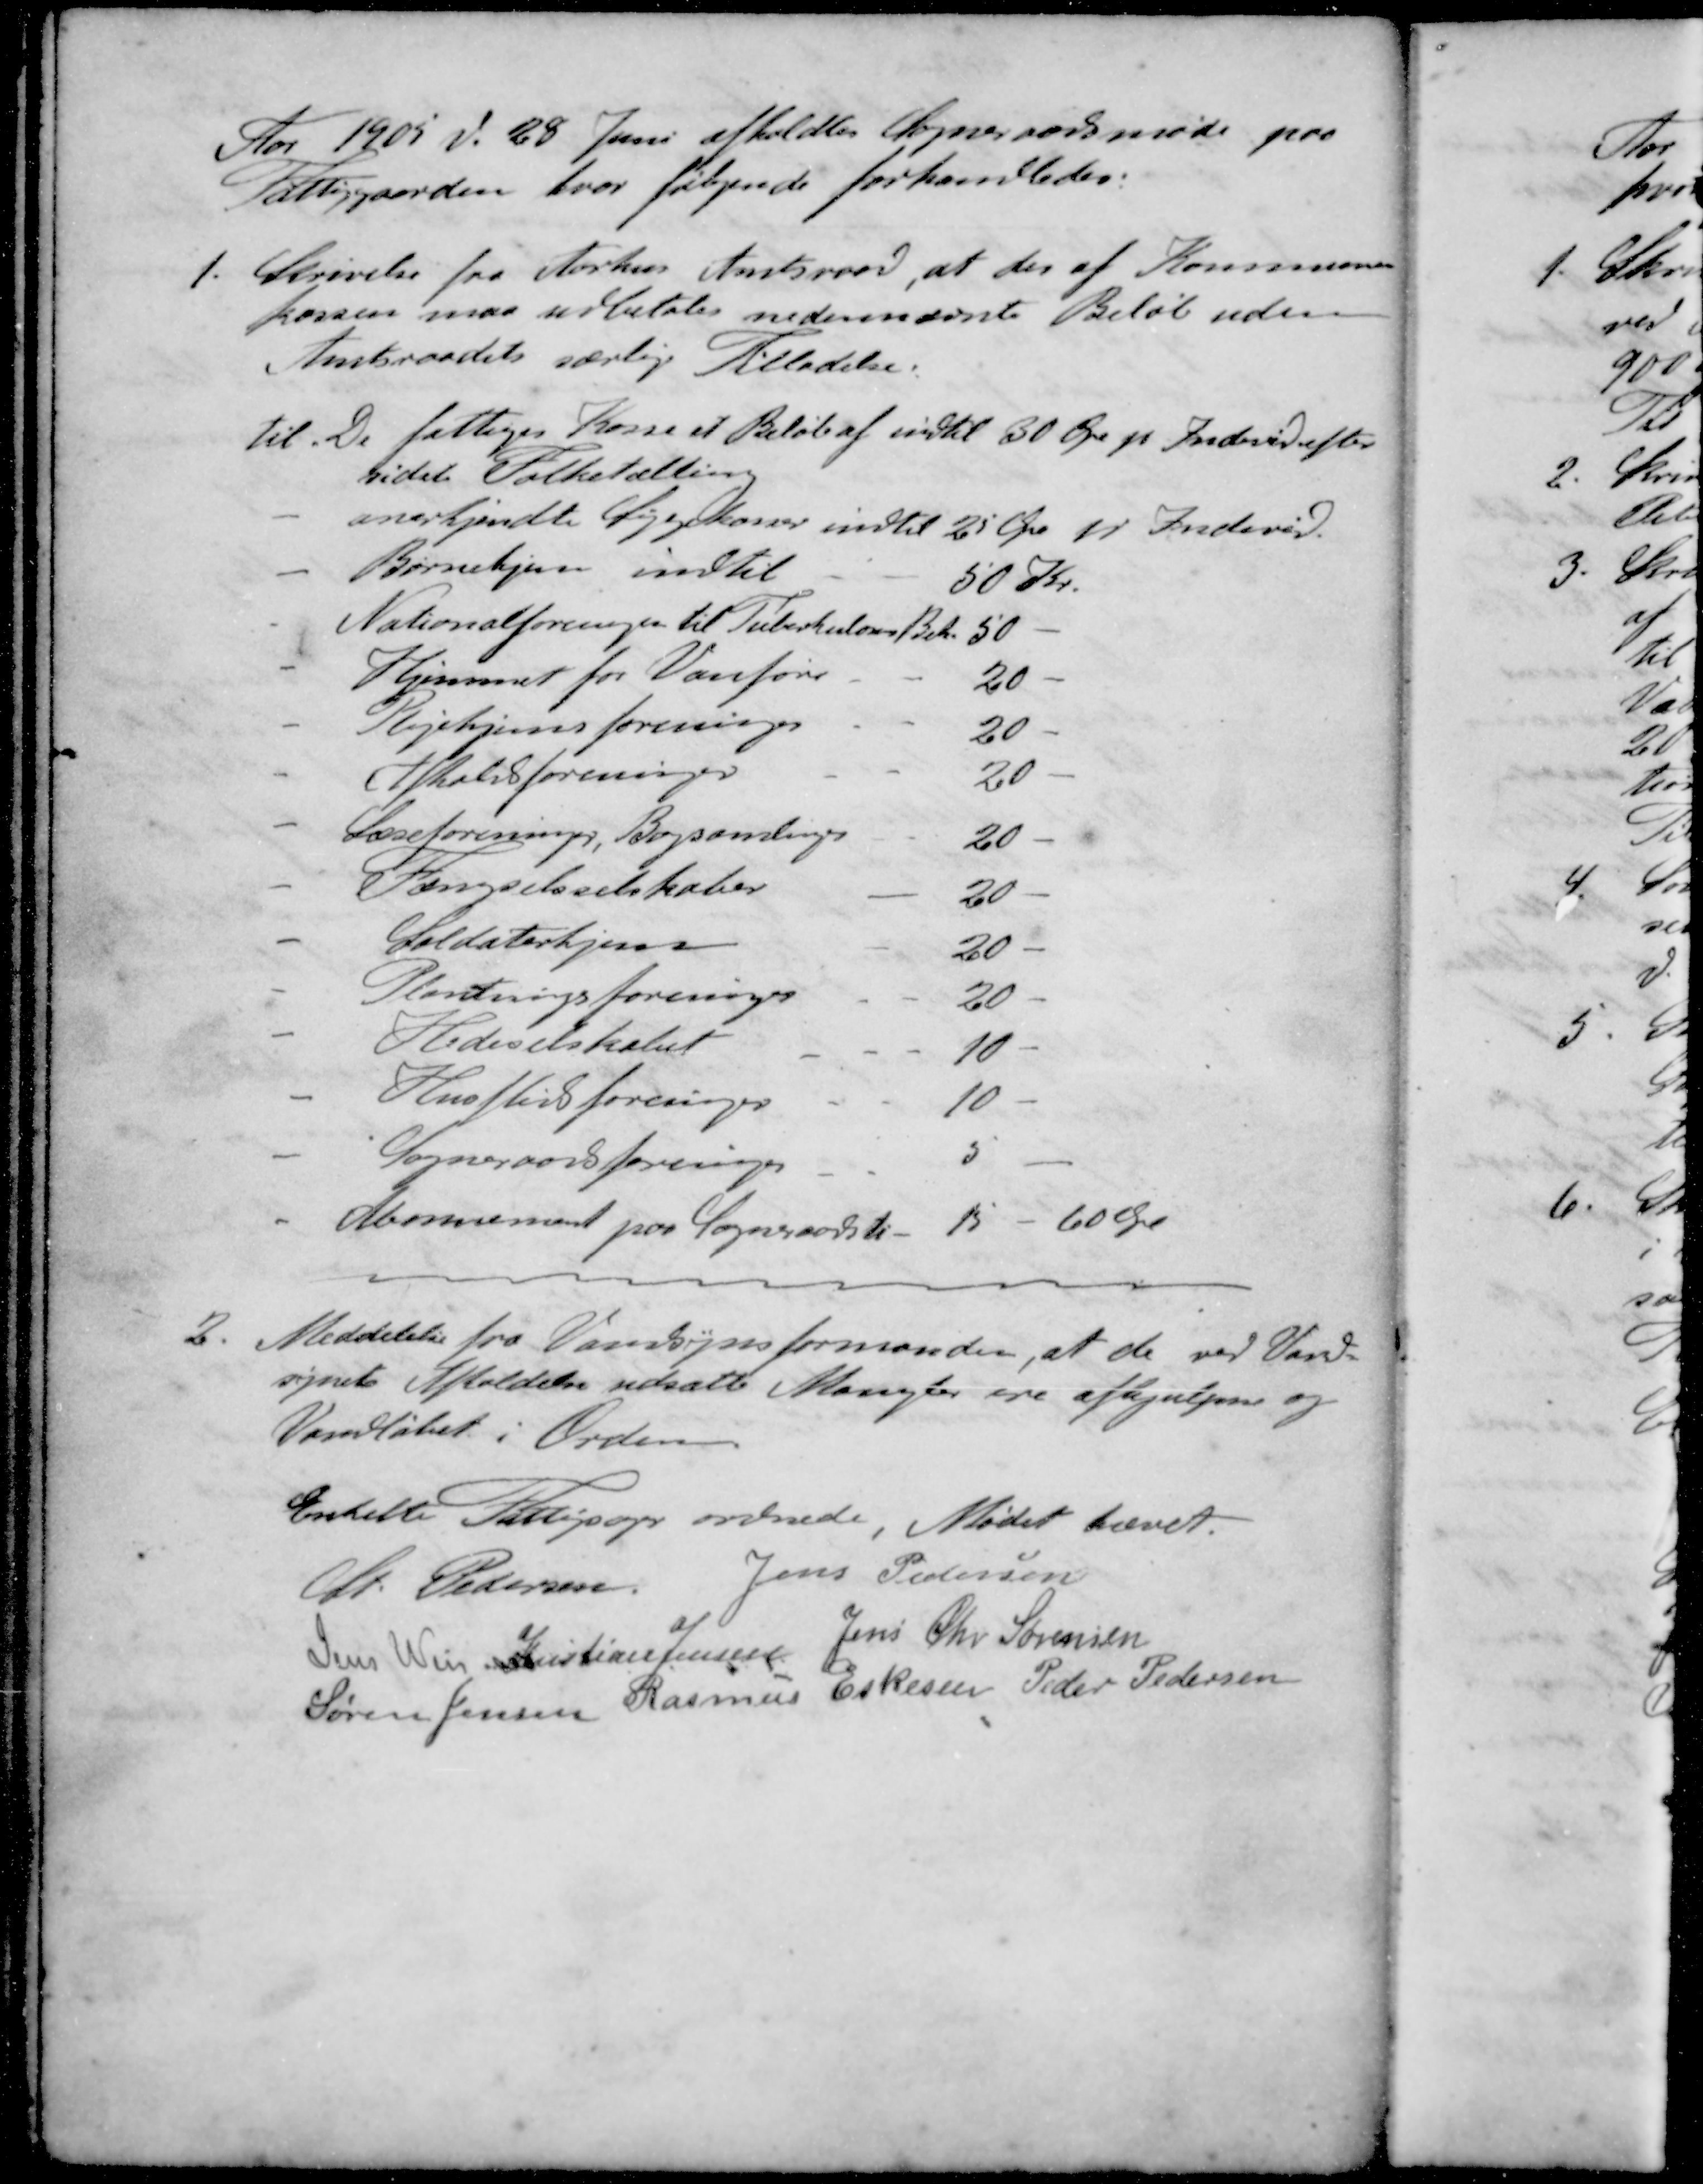
Transskription:
Aar 1905 d. 28 Juni afholdtes Sogneraadsmøde paa
Fattiggaarden, hvor følgende forhandledes:
1. Skrivelse fra Aarhus Amtsraad, at der af Kommune-
kassen maa udbetales nedennævnte Beløb uden
Amtsraadets særlige Tilladelse.
til De fattiges Kasse et Beløb af indtil 30 Øre pr Individ efter
sidste Folketælling
- anerkjendte Sygekasser indtil 25 Øre pr Individ.
- Børnehjem indtil
50 Kr.
- Nationalforeningen til Tuberkulons Bek.
50 -
- Hjemmet for Vanføre
20 -
- Plejehjemsforeninger
20 -
- Afholdsforeninger
20 -
- Læseforeninger, Bogsamlinger
20 -
- Fængselsselskaber
20 -
- Soldaterhjem
20 -
- Plantningsforeninger
20 -
- Hedeselskabet
10 -
- Husflidsforeninger
10 -
- Sogneraadsforeninger
5 -
- Abonnement paa Sogneraadsti-
15 - 60 Øre
Meddelelse fra Vandsynsformanden, at de ved Vard-
synets Afholdelse udsatte Mangler ere afhjulpen og 
Vandløbet i Orden
Enkelte Fattigsager ordnede. Mødet hævet.
St. Pedersen
Jens Pedersen
Jens Weis
Kristian Jensen
Jens Chr. Sørensen
Søren Jensen
Rasmus Eskesen
Peder Pedersen